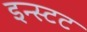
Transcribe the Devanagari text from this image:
इन्स्टट